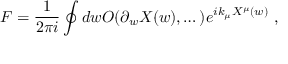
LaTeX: F = \frac { 1 } { 2 \pi i } \oint d w O ( \partial _ { w } X ( w ) , \dots ) e ^ { i k _ { \mu } X ^ { \mu } ( w ) } \ ,